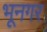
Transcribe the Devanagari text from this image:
भूनगर